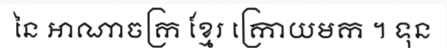
នៃ អាណាចក្រ ខ្មែរ ក្រោយមក ។ ទុន